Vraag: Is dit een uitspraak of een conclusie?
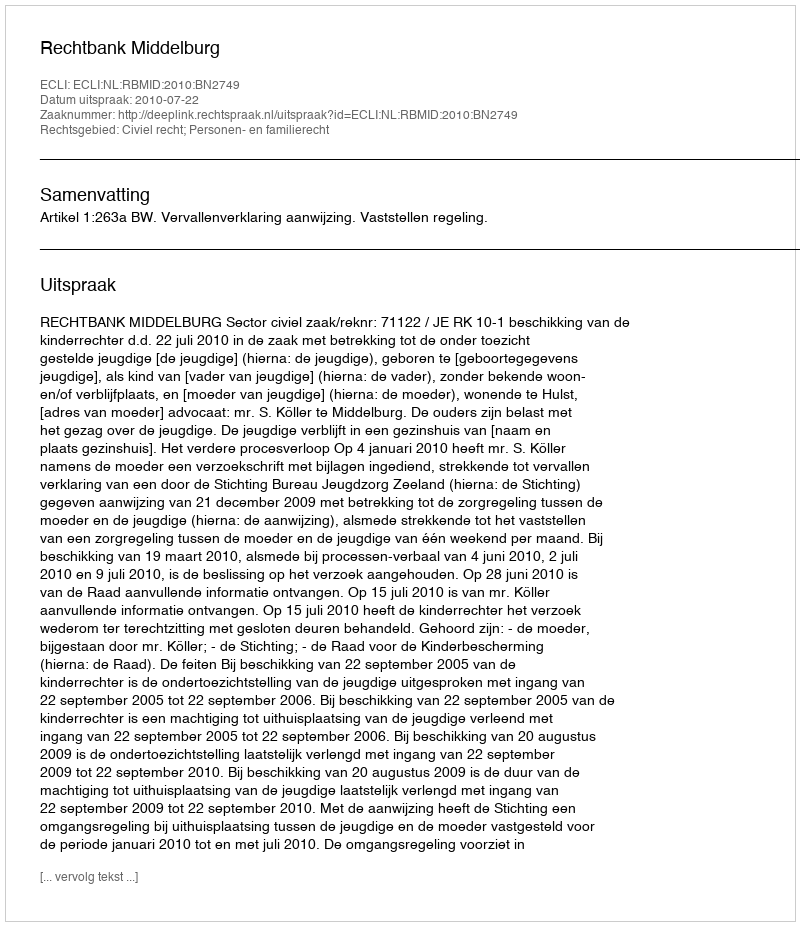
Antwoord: Uitspraak